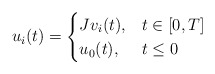
\begin{align*} u_i(t) = \begin{cases} J v_i(t), & t \in [0,T] \\ u_0(t), & t \le 0 \end{cases} \end{align*}